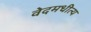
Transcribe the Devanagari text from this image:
वेदमधीत्य